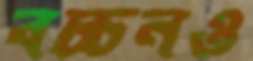
বচ্চনও